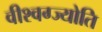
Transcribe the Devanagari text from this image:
वीश्वग्ज्योति